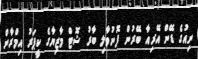
ނިއުގެ ޑޭން އޭރިއާ ބޭރުން ފޮނުވާލި ބާރު ޝޮޓް މާޒިޔާގެ ކީޕަރު އިމްރާން